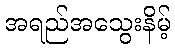
အရည်အသွေးနိမ့်